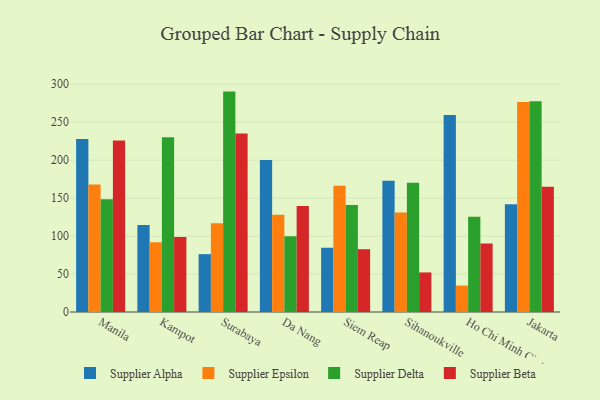
{"axis": {"x": "City", "y": "Headcount"}, "legend": ["Supplier Alpha", "Supplier Beta", "Supplier Delta", "Supplier Epsilon"], "data": [{"x": "Manila", "y": 228.0, "type": "Supplier Alpha"}, {"x": "Manila", "y": 168.0, "type": "Supplier Epsilon"}, {"x": "Manila", "y": 148.5, "type": "Supplier Delta"}, {"x": "Manila", "y": 225.8, "type": "Supplier Beta"}, {"x": "Kampot", "y": 114.5, "type": "Supplier Alpha"}, {"x": "Kampot", "y": 92.0, "type": "Supplier Epsilon"}, {"x": "Kampot", "y": 230.1, "type": "Supplier Delta"}, {"x": "Kampot", "y": 98.7, "type": "Supplier Beta"}, {"x": "Surabaya", "y": 76.2, "type": "Supplier Alpha"}, {"x": "Surabaya", "y": 116.8, "type": "Supplier Epsilon"}, {"x": "Surabaya", "y": 290.3, "type": "Supplier Delta"}, {"x": "Surabaya", "y": 235.1, "type": "Supplier Beta"}, {"x": "Da Nang", "y": 200.1, "type": "Supplier Alpha"}, {"x": "Da Nang", "y": 128.2, "type": "Supplier Epsilon"}, {"x": "Da Nang", "y": 99.7, "type": "Supplier Delta"}, {"x": "Da Nang", "y": 139.7, "type": "Supplier Beta"}, {"x": "Siem Reap", "y": 84.5, "type": "Supplier Alpha"}, {"x": "Siem Reap", "y": 166.3, "type": "Supplier Epsilon"}, {"x": "Siem Reap", "y": 140.9, "type": "Supplier Delta"}, {"x": "Siem Reap", "y": 82.7, "type": "Supplier Beta"}, {"x": "Sihanoukville", "y": 173.0, "type": "Supplier Alpha"}, {"x": "Sihanoukville", "y": 131.0, "type": "Supplier Epsilon"}, {"x": "Sihanoukville", "y": 170.1, "type": "Supplier Delta"}, {"x": "Sihanoukville", "y": 52.1, "type": "Supplier Beta"}, {"x": "Ho Chi Minh City", "y": 259.6, "type": "Supplier Alpha"}, {"x": "Ho Chi Minh City", "y": 34.8, "type": "Supplier Epsilon"}, {"x": "Ho Chi Minh City", "y": 125.3, "type": "Supplier Delta"}, {"x": "Ho Chi Minh City", "y": 90.1, "type": "Supplier Beta"}, {"x": "Jakarta", "y": 141.8, "type": "Supplier Alpha"}, {"x": "Jakarta", "y": 276.5, "type": "Supplier Epsilon"}, {"x": "Jakarta", "y": 277.5, "type": "Supplier Delta"}, {"x": "Jakarta", "y": 165.0, "type": "Supplier Beta"}]}